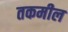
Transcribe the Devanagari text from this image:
तकमील